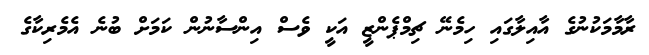
ރާމާމަކުނުގެ އާއިލާގައި ހިމެނޭ ޗިމްޕެންޒީ އަކީ ވެސް އިންސާނުން ކަމަށް ބުނެ އެމެރިކާގެ